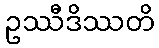
ဥဿီဒိဿတိ